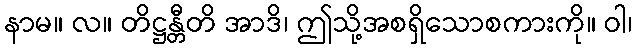
နာမ။ လ။ တိဋ္ဌန္တီတိ အာဒိ၊ ဤသို့အစရှိသောစကားကို။ ဝါ၊